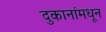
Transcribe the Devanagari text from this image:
दुकानांमधून